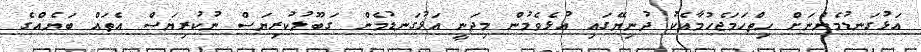
އަޅުގަނޑުމެންނަށް ހިތްހަމަޖެހުމާއެކު ދުނިޔޭގައި އުޅެވެމުން މިދަނީ އަޅުގަނޑުމެން ގަބޫލުކުރިޔަސް ނުކުރިޔަސް އެތައް ބަޔެއްގެ